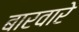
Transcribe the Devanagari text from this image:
बारवारे